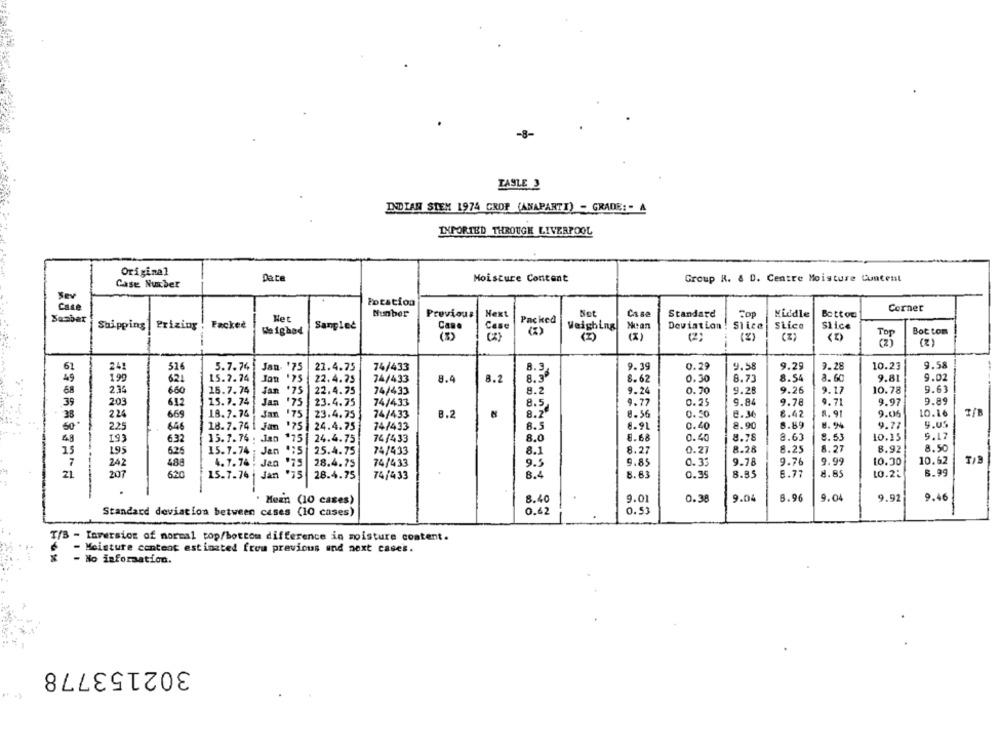
-8-
TASLE 2
INDIAN STEM 1974 GROF (ANAPARTI) - GRADE :- A
IMPORTED THROUGH LIVERPOOL
Original
Date
Moisture Content
Group R. & D. Centre Moisture Content
Case Nuxber
location
Corner
Het
Nunber
Previous
Hext
Net
Case
Standard
Fop
Middle
Botton
Sambar
Packed
Slice
Shipping |Prizing : Fackee
Weighed
Samplee
Cane
Case
Weighing
Nut an
Deviation
Slice
SLice
Bot tom
(5)
(I)
(X)
(2)
(2)
24
51
5.7.74
Jan. '75
21.4.75
74/433
8.3
9.39
0.29
9.58
9.29
9.28
10.23
9.58
15.7.74
9.81
9.02
199
624
Jon
"75
22.4.75
74/433
8.4
8.2
8.3º
8.62
0.30
8.73
8.54
8. 60
68
2.34
660
15.7.74
Jan '75
22.4.75
74/433
8.2
9.24
0.70
9.28
9.26
9.17
10.78
9.63
39
203
612
15.7. 74
Jan '75
23.4.75
74/433
9.77
0.25
9.84
9.78
9.71
9.97
9.89
669
18.7.74
Jan '75
23.4.75
74/433
B.2
N
8.56
0.50
8.36
8.42
1. 91
9.06
10.16
38
224
50-
225
646
18.7.741 Jan '75 : 24.4.75
74/433
8.5
8.9L
0.40
8.90
8.89
9.77
9.05
15.7. 76 . Jan *75
8.68
0.40
8.78
8.63
8.53
10.25
9.17
6.8
193
6.32
24.4.75
74/433
8.0
15
195
15.7.74 ; Jen ":5
25.4.75
74/433
8.1
8.27
0.27
8.28
8.25
8.27
8.92
8.50
626
242
488
4.7.76 : Jan
28.4.75
74/433
9.5
9.85
0.33
9.78
9.76
9.99
10.30
10.62
21
207
620
15.7.74 | Jan '75
8.85
6.77
10.22
8.99
28.4.75
74/433
8.4
8.83
0.35
Mean (10 cases)
8.40
9.01
0.38
9.04
6.96
9.04
9.92
9.46
Standard deviation between cases (10 cases)
0.62
0.53
T/B - Inversion of norms1 top/bottom difference in moisture content.
- Moisture content estinated from previous and next cases.
- No information.
302153778